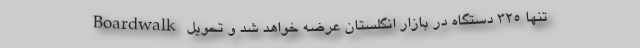
Boardwalk تنها 325 دستگاه در بازار انگلستان عرضه خواهد شد و تحویل